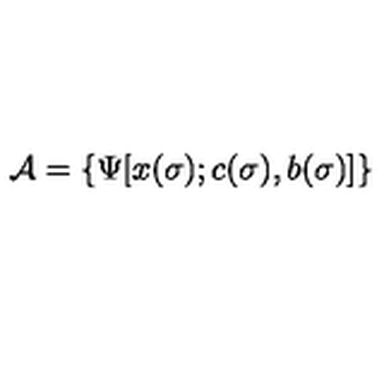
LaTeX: { \cal A } = \{ \Psi [ x ( \sigma ) ; c ( \sigma ) , b ( \sigma ) ] \}